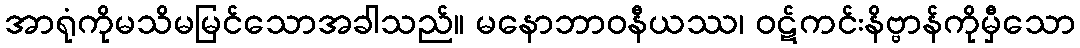
အာရုံကိုမသိမမြင်သောအခါသည်။ မနောဘာဝနီယဿ၊ ဝဋ်ကင်းနိဗ္ဗာန်ကိုမှီသော